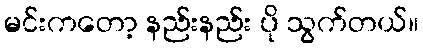
မင်းကတော့ နည်းနည်း ပို သွက်တယ်။